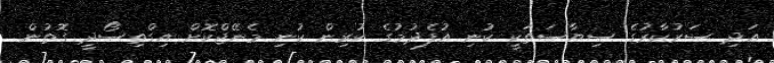
އަދި ސަރުކާރުގެ ސިޔާސަތަކީ ކުނި އުފެދުމުގެ ކުރިން ކުނި މެނޭޖްކޮށް އިގްތިސޯދީ ގޮތުން